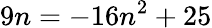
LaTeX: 9n=-16n^{2}+25